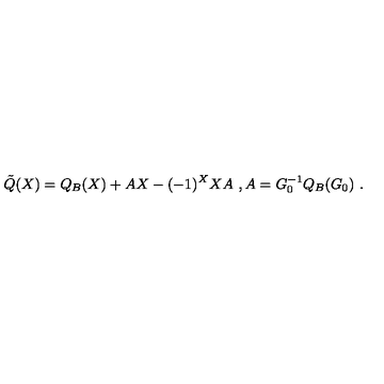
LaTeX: \tilde { Q } ( X ) = Q _ { B } ( X ) + A X - ( - 1 ) ^ { X } X A \ , A = G _ { 0 } ^ { - 1 } Q _ { B } ( G _ { 0 } ) \ .